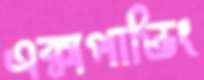
এক্সপান্ডিং